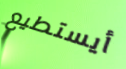
أيستطيع